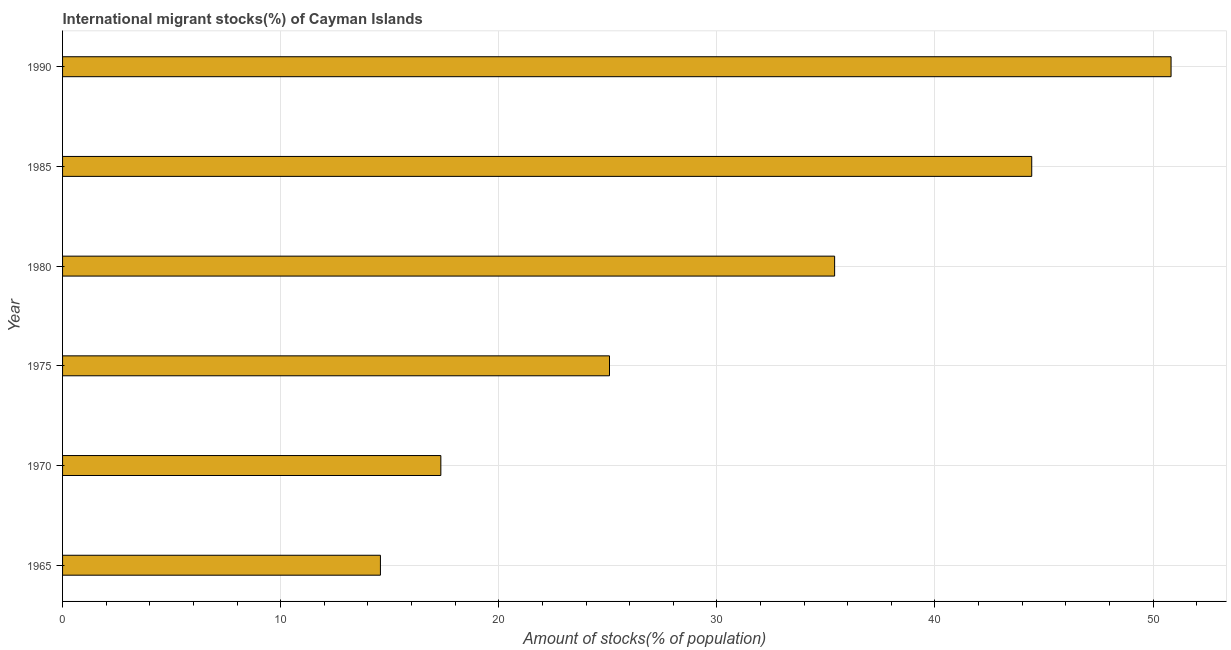
| Year | International migrant stock |
 | --- | --- |
 | 1965 | 14.6 |
 | 1970 | 17.3 |
 | 1975 | 25.1 |
 | 1980 | 35.4 |
 | 1985 | 44.4 |
 | 1990 | 50.8 |